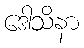
ဒေါသိနာ